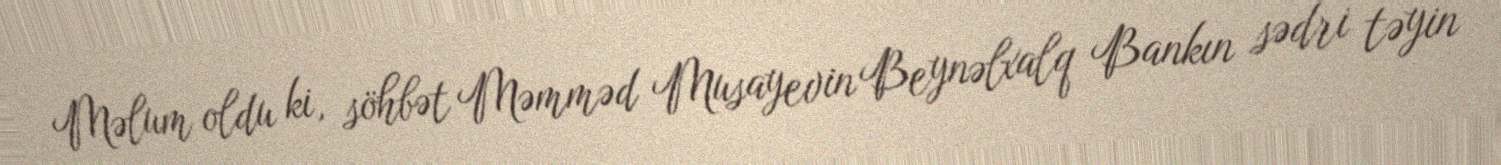
Məlum oldu ki, söhbət Məmməd Musayevin Beynəlxalq Bankın sədri təyin